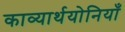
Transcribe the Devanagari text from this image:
काव्यार्थयोनियाँ